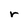
Character: r